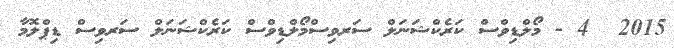
2015  4 - މޯލްޑިވްސް ކަރެކްޝަނަލް ސަރވިސްމޯލްޑިވްސް ކަރެކްޝަނަލް ސަރވިސް ޑިޕްލޮމާ